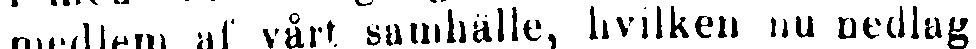
medlem af vårt samhälle, hvilken nu nedlagt